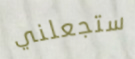
ستجعلني